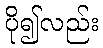
ပို၍လည်း